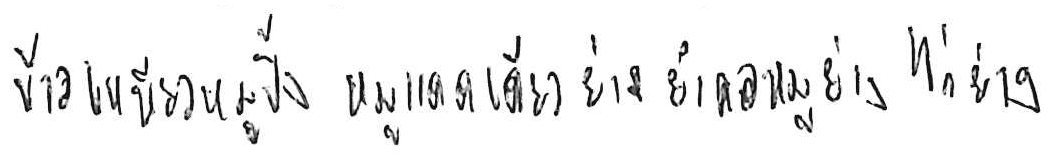
ข้าวเหนียวหมูปิ้ง หมูแดดเดียวย่าง ยำคอหมูย่าง ไก่ย่าง